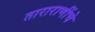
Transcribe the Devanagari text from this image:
ताराराणींचे